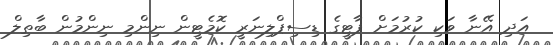
އަދި އޭނާ ވަކި ކުރުމަށް ޕާޓީގެ ޑިސިޕްލިނަރީ ކޮމެޓީން ނިންމި ނިންމުން ބާތިލް